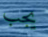
يجب